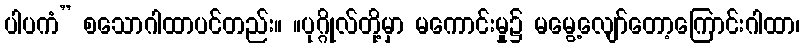
ပါပကံ” စသောဂါထာပင်တည်း။ ။ပုဂ္ဂိုလ်တို့မှာ မကောင်းမှု၌ မမွေ့လျော်တော့ကြောင်းဂါထာ၊